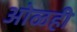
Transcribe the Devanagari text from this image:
ओळही